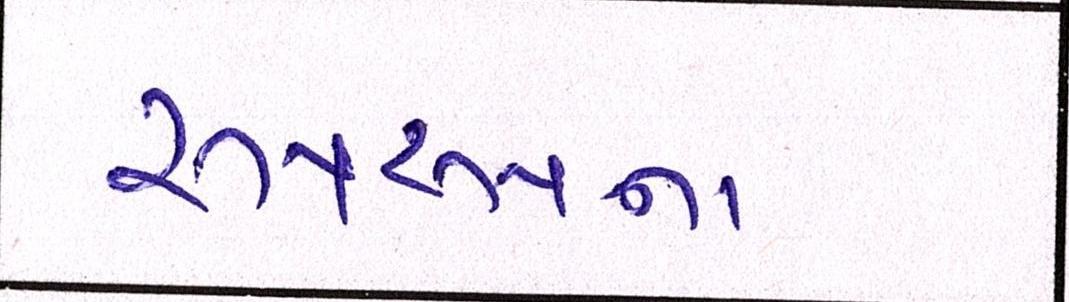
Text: રૂપરૂપના